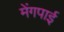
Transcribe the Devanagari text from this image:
मेंगपाई